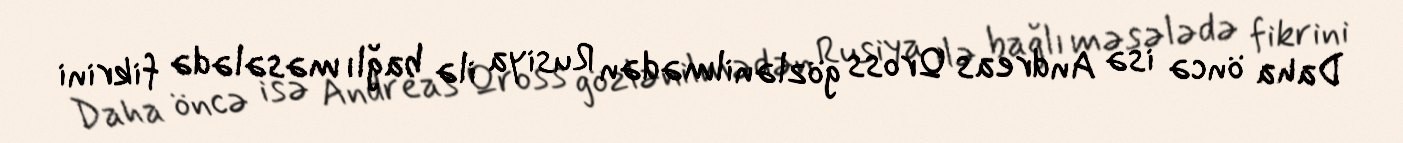
Daha öncə isə Andreas Qross gözlənilmədən Rusiya ilə bağlı məsələdə fikrini